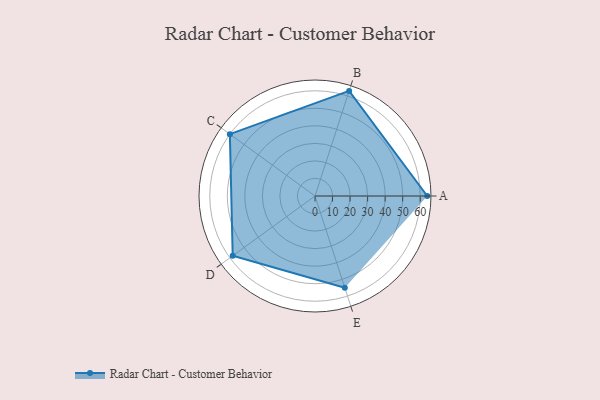
{"axis": {"x": "Skill", "y": "Score"}, "legend": ["Profile"], "data": [{"x": "A", "y": 64.0, "type": "Profile"}, {"x": "B", "y": 63.0, "type": "Profile"}, {"x": "C", "y": 60.0, "type": "Profile"}, {"x": "D", "y": 58.0, "type": "Profile"}, {"x": "E", "y": 55.0, "type": "Profile"}]}